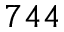
7 4 4